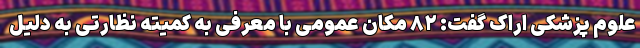
علوم پزشکی اراک گفت: ۸۲ مکان عمومی با معرفی به کمیته نظارتی به دلیل